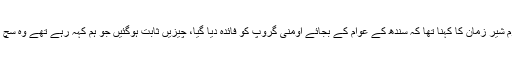
خرم شیر زمان کا کہنا تھا کہ سندھ کے عوام کے بجائے اومنی گروپ کو فائدہ دیا گیا، چیزیں ثابت ہوگئیں جو ہم کہہ رہے تھے وہ سچ تھا۔